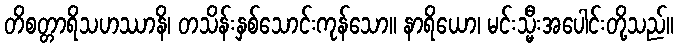
တိစတ္တာရိသဟဿာနိ၊ တသိန်းနှစ်သောင်းကုန်သော။ နာရိယော၊ မင်းသ္မီးအပေါင်းတို့သည်။